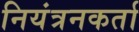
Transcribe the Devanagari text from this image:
नियंत्रनकर्ता